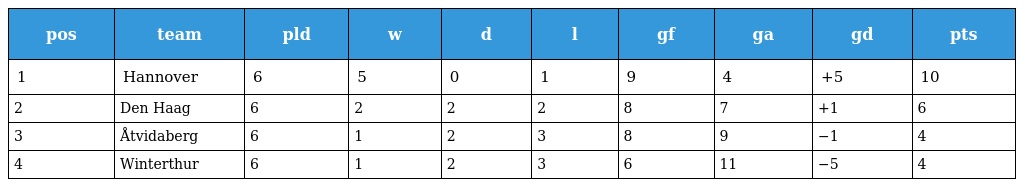
| pos | team | pld | w | d | l | gf | ga | gd | pts |
 | --- | --- | --- | --- | --- | --- | --- | --- | --- | --- |
 | 1 | Hannover | 6 | 5 | 0 | 1 | 9 | 4 | +5 | 10 |
 | 2 | Den Haag | 6 | 2 | 2 | 2 | 8 | 7 | +1 | 6 |
 | 3 | Åtvidaberg | 6 | 1 | 2 | 3 | 8 | 9 | −1 | 4 |
 | 4 | Winterthur | 6 | 1 | 2 | 3 | 6 | 11 | −5 | 4 |